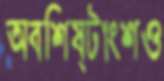
অবশিষ্টাংশও